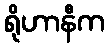
ရိုဟာနီက